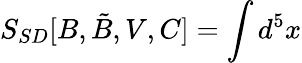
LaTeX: S_{SD}[B,\tilde{B},V,C]=\int d^{5}x